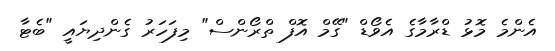
އެންމެ މޮޅު ޑްރާމާގެ އެވޯޑް "ގޭމް އޮފް ތްރޯންސް" މިފަހަރު ގެންދިޔައީ "ބެޓާ